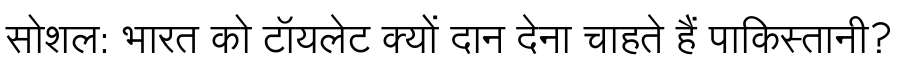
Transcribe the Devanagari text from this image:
सोशल: भारत को टॉयलेट क्यों दान देना चाहते हैं पाकिस्तानी?